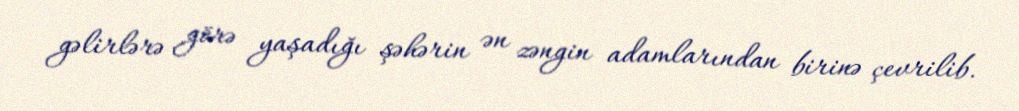
gəlirlərə görə yaşadığı şəhərin ən zəngin adamlarından birinə çevrilib.